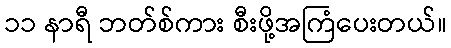
၁၁ နာရီ ဘတ်စ်ကား စီးဖို့အကြံပေးတယ်။